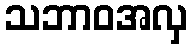
သဘာဝအလှ